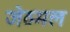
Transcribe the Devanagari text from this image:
जेठमल